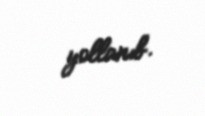
yollanıb.